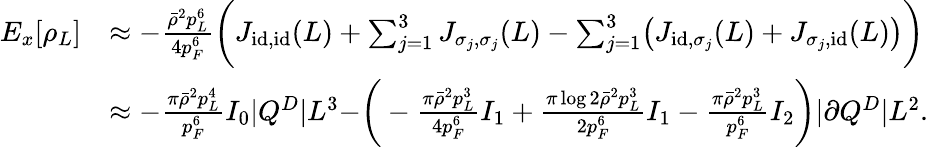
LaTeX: \begin{array}{rl}{E_{x}[\rho_{L}]}&{\approx-\frac{\bar{\rho}^{2}p_{L}^{6}}{4p_{F}^{6}}\biggr(J_{\textnormal{id},\textnormal{id}}(L)+\sum_{j=1}^{3}J_{\sigma_{j},\sigma_{j}}(L)-\sum_{j=1}^{3}\bigr(J_{\textnormal{id},\sigma_{j}}(L)+J_{\sigma_{j},\textnormal{id}}(L)\bigr)\biggr)}\\ &{\approx-\frac{\pi\bar{\rho}^{2}p_{L}^{4}}{p_{F}^{6}}I_{0}|Q^{D}|L^{3}-\biggr(-\frac{\pi\bar{\rho}^{2}p_{L}^{3}}{4p_{F}^{6}}I_{1}+\frac{\pi\log 2\bar{\rho}^{2}p_{L}^{3}}{2p_{F}^{6}}I_{1}-\frac{\pi\bar{\rho}^{2}p_{L}^{3}}{p_{F}^{6}}I_{2}\biggr)|\partial Q^{D}|L^{2}.}\end{array}